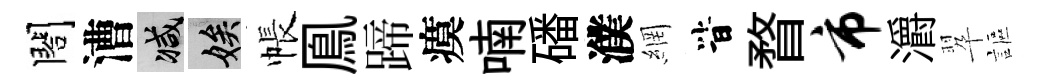
閤漕减娭帳鳯蹄瘼喃磻濮網𣅜瞀市灂翆謳